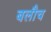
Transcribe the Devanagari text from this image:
बलौच